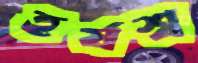
হর্যশ্ব